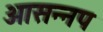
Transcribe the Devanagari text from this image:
आसन्नप